Scottish Leaving Certificate Examination, 1956
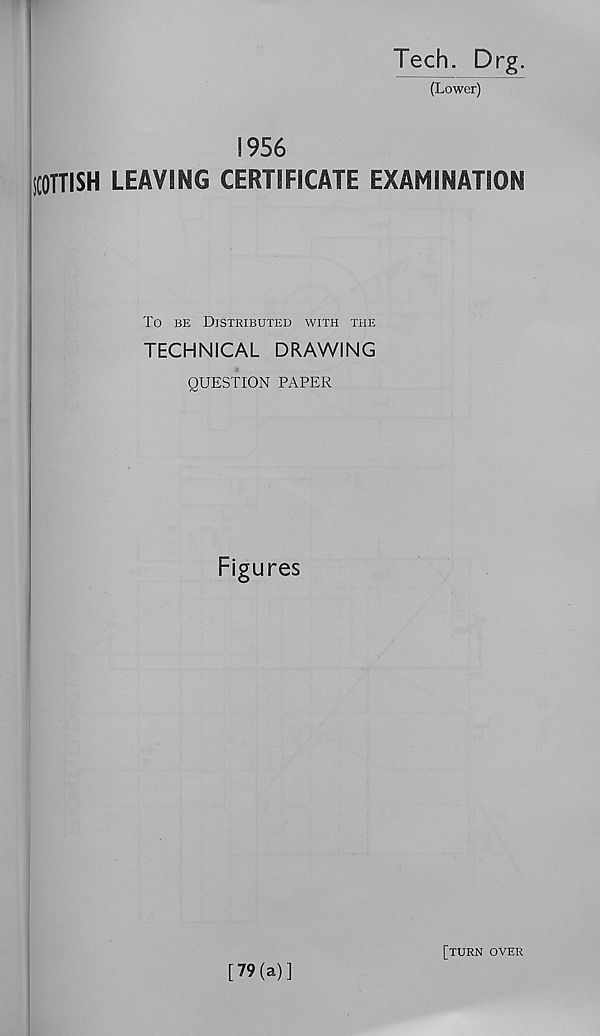
Tech. Drg.
(Lower)
!956
SCOTTISH LEAVING CERTIFICATE EXAMINATION
To be Distributed with the
TECHNICAL DRAWING
QUESTION PAPER
Figures
[79(a)]
[turn over